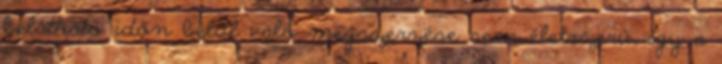
belátható időn belül való megszerzése sem életszerű, így a